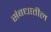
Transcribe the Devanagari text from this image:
संबधातील